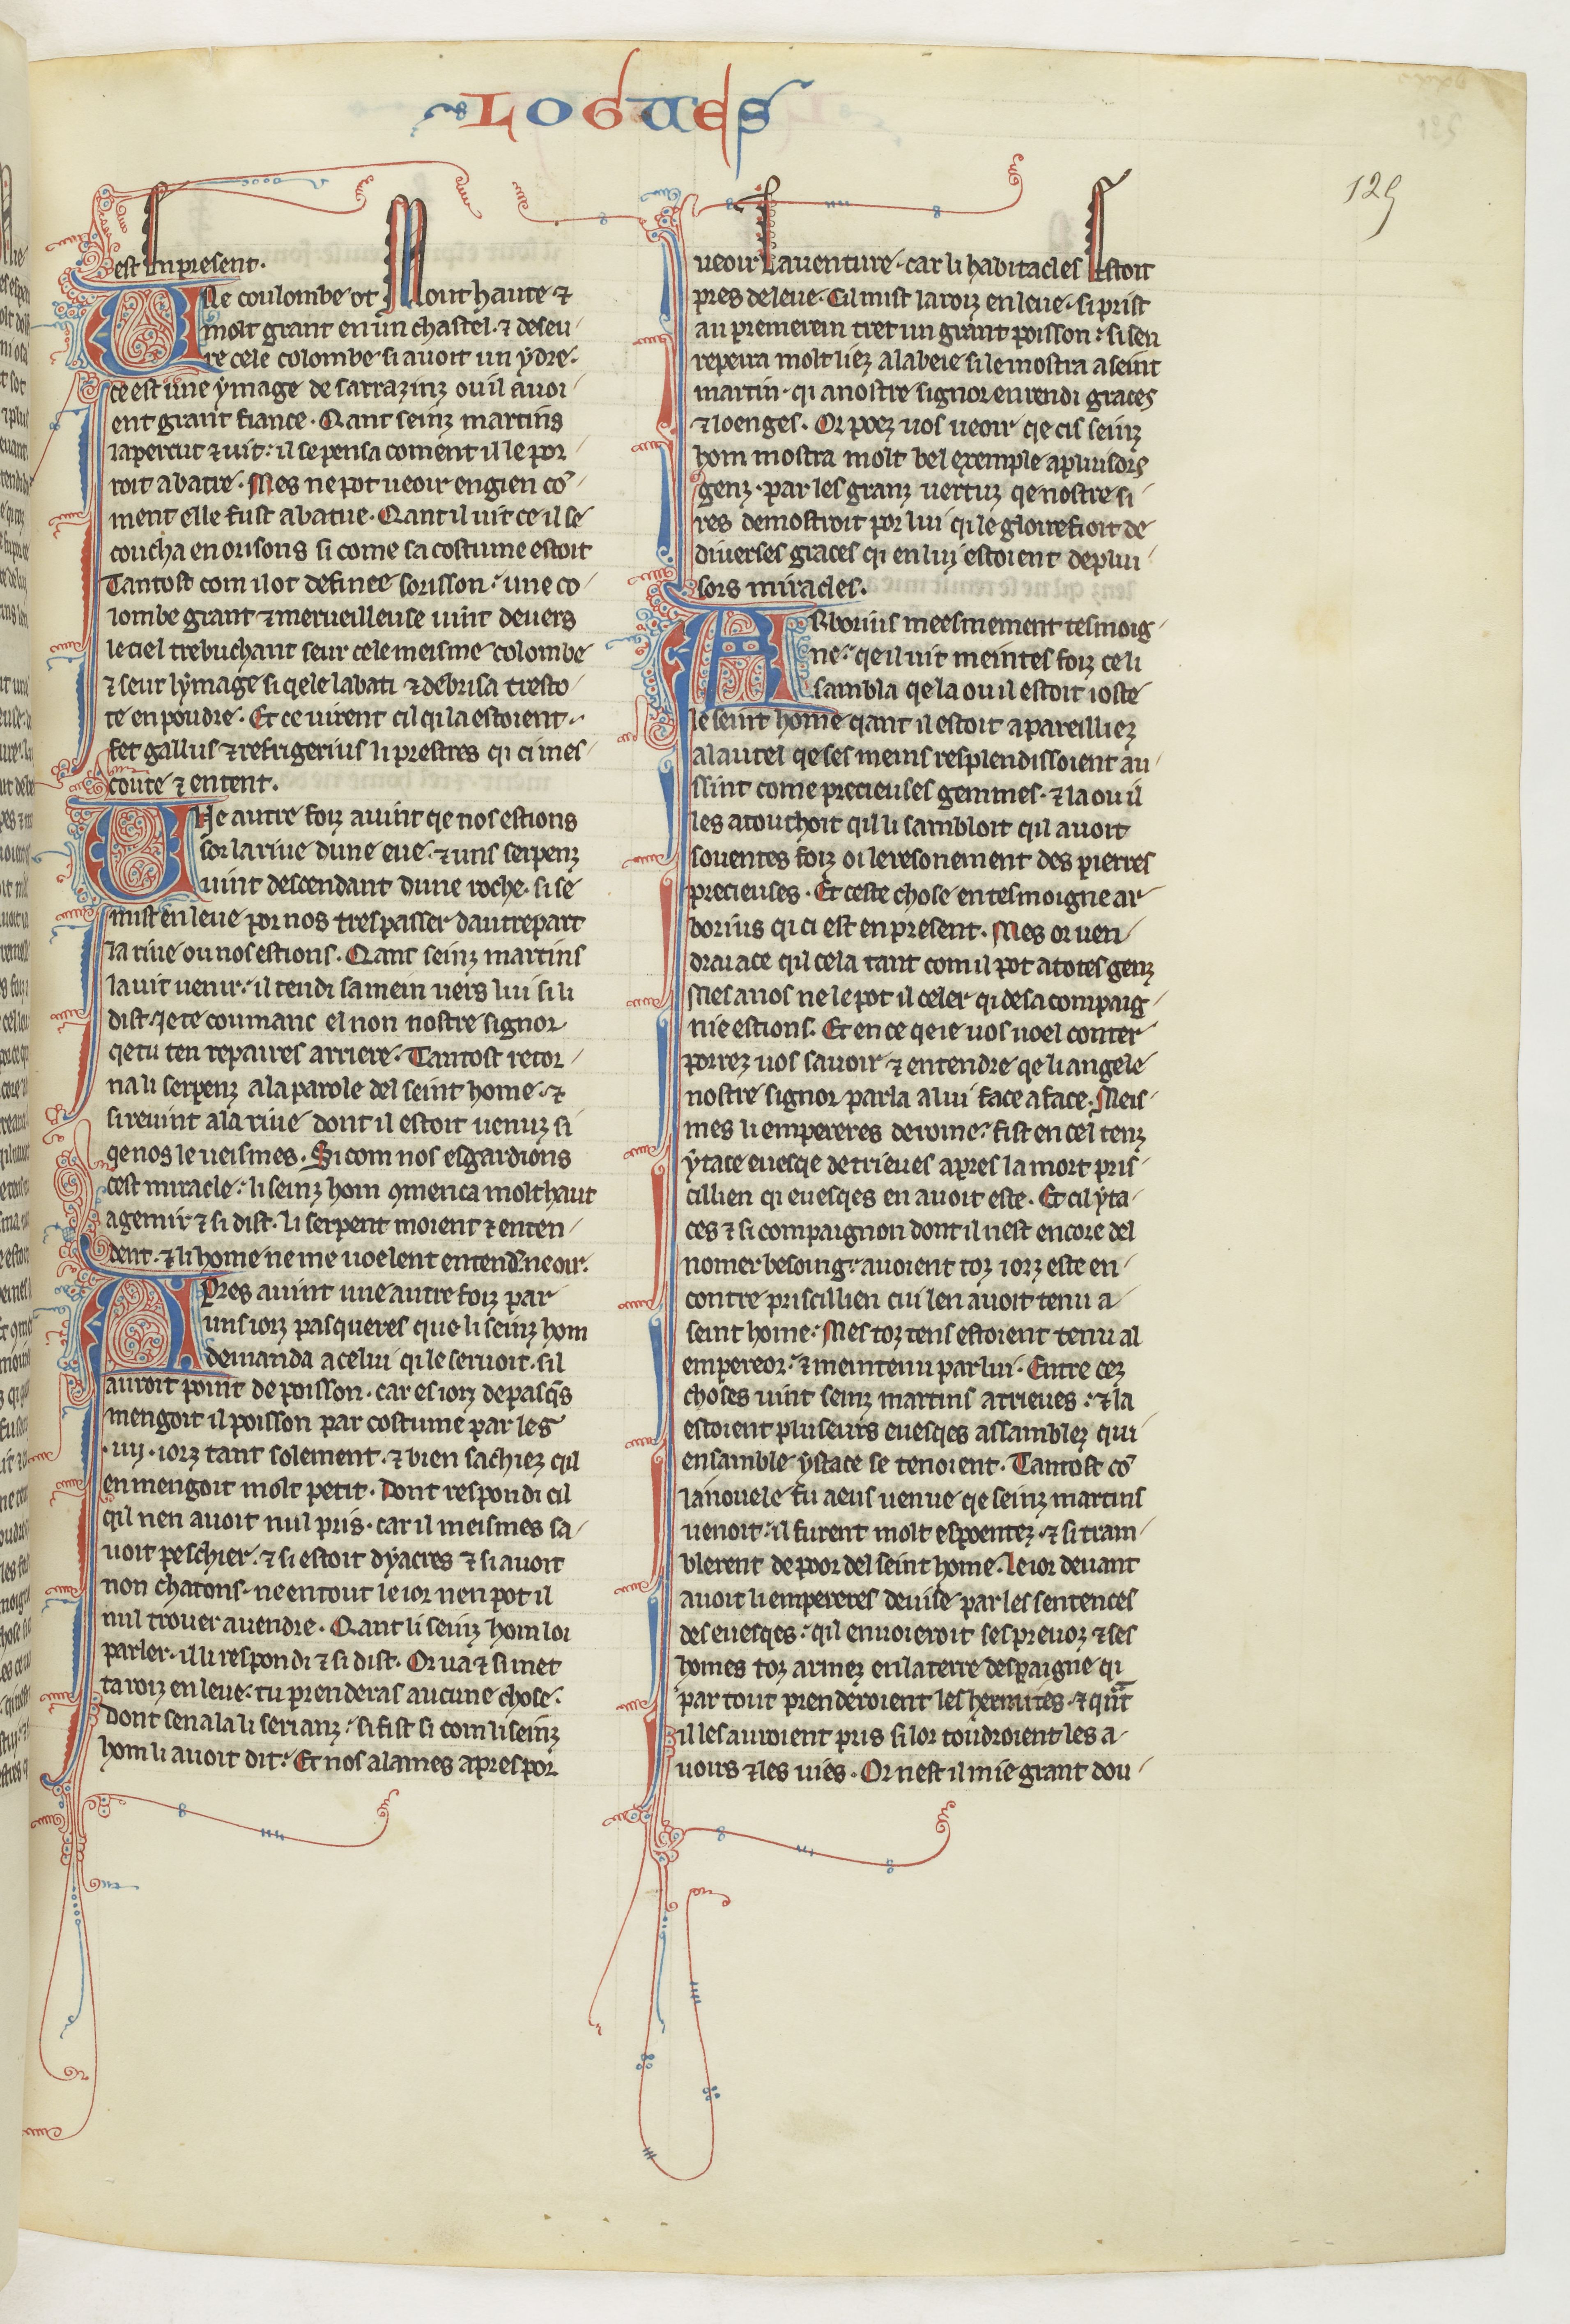
Shelfmark: Paris, BnF, fr. 412
Century: 13